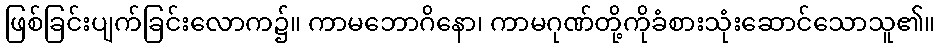
ဖြစ်ခြင်းပျက်ခြင်းလောက၌။ ကာမဘောဂိနော၊ ကာမဂုဏ်တို့ကိုခံစားသုံးဆောင်သောသူ၏။